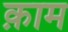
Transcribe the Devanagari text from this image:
क़ाम